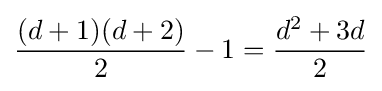
{\frac {(d+1)(d+2)}{2}}-1={\frac {d^{2}+3d}{2}}